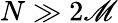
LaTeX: N\gg2\mathscr{M}